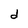
Character: d